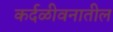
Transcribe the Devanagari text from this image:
कर्दळीवनातील